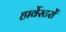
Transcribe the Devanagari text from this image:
हार्वेस्टरों